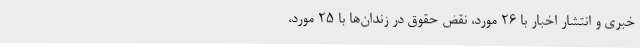
خبری و انتشار اخبار با 26 مورد، نقض حقوق در زندان‌ها با 25 مورد،